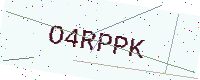
Text: O4RPPK